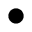
\bullet